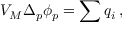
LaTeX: V _ { \cal M } \Delta _ { p } \phi _ { p } = \sum q _ { i } \, ,